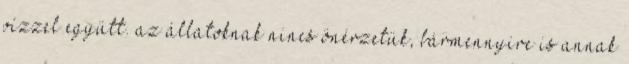
vízzel együtt. az állatoknak nincs önérzetük, bármennyire is annak